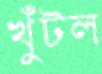
খুঁটল